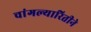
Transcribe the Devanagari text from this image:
चांगल्यारितीने